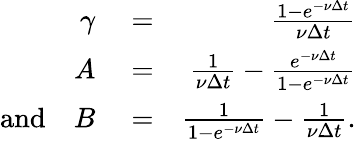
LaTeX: \begin{array}{rlr}{\gamma}&{{}=}&{\frac{1-e^{-\nu\Delta t}}{\nu\Delta t}}\\ {A}&{{}=}&{\frac{1}{\nu\Delta t}-\frac{e^{-\nu\Delta t}}{1-e^{-\nu\Delta t}}}\\ {\textrm{and}\quad B}&{{}=}&{\frac{1}{1-e^{-\nu\Delta t}}-\frac{1}{\nu\Delta t}.}\end{array}